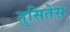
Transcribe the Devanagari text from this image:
तुसितेस